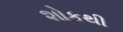
શોકથી